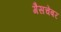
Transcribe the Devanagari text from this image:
गैसचेंबर